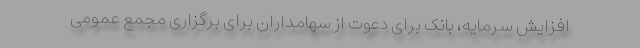
افزایش سرمایه، بانک برای دعوت از سهامداران برای برگزاری مجمع عمومی